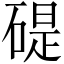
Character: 碮